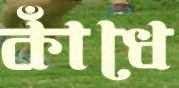
কাঁধে